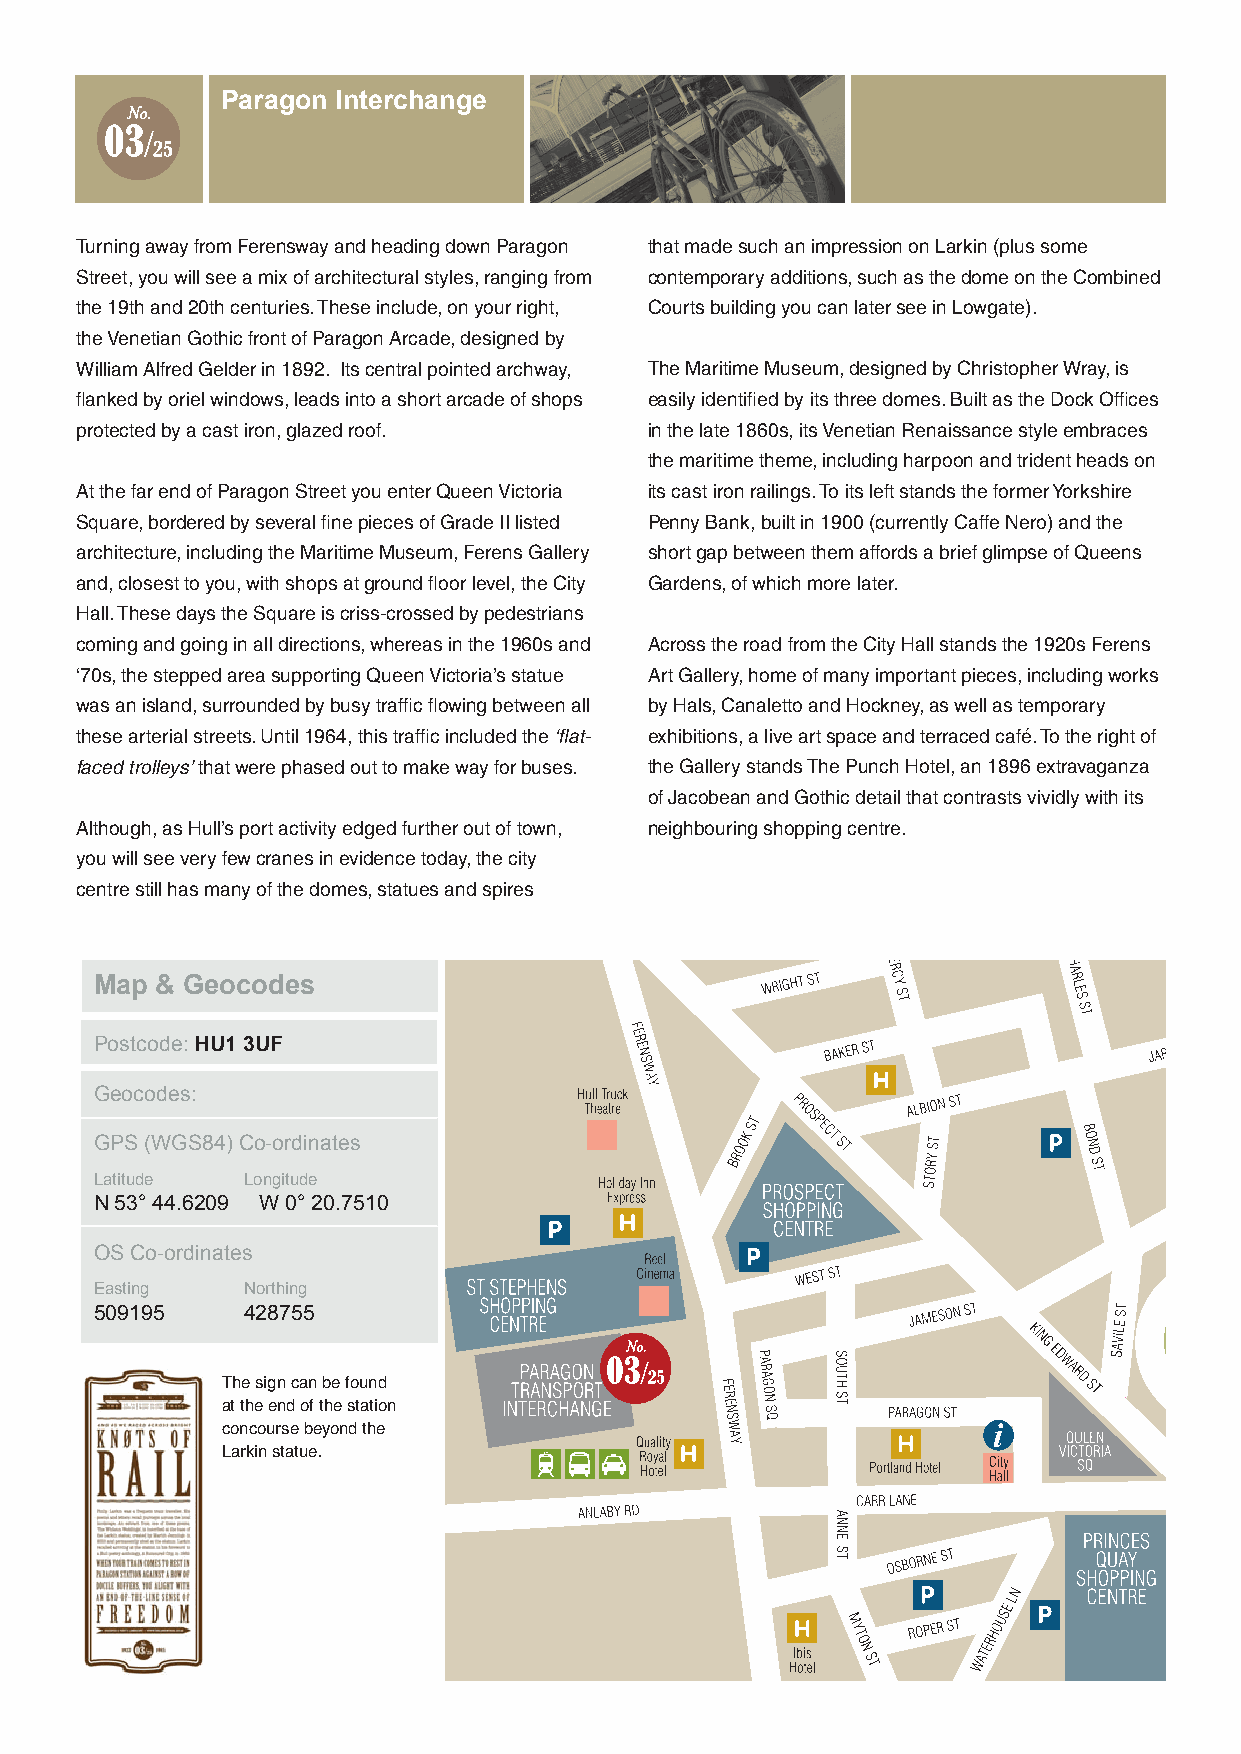
Paragon Interchange
 Turning away from Ferensway and heading down Paragon that made such an impression on Larkin (plus some
 Street, you will see a mix of architectural styles, ranging from contemporary additions, such as the dome on the Combined
 the 19th and 20th centuries. These include, on your right, Courts building you can later see in Lowgate).
 the Venetian Gothic front of Paragon Arcade, designed by
 William Alfred Gelder in 1892. Its central pointed archway, The Maritime Museum, designed by Christopher Wray, is
 flanked by oriel windows, leads into a short arcade of shops easily identified by its three domes. Built as the Dock Offices
 protected by a cast iron, glazed roof. in the late 1860s, its Venetian Renaissance style embraces
 the maritime theme, including harpoon and trident heads on
 At the far end of Paragon Street you enter Queen Victoria its cast iron railings. To its left stands the former Yorkshire
 Square, bordered by several fine pieces of Grade II listed Penny Bank, built in 1900 (currently Caffe Nero) and the
 architecture, including the Maritime Museum, Ferens Gallery short gap between them affords a brief glimpse of Queens
 and, closest to you, with shops at ground floor level, the City Gardens, of which more later.
 Hall. These days the Square is criss-crossed by pedestrians
 coming and going in all directions, whereas in the 1960s and Across the road from the City Hall stands the 1920s Ferens
 ‘70s, the stepped area supporting Queen Victoria’s statue Art Gallery, home of many important pieces, including works
 was an island, surrounded by busy traffic flowing between all by Hals, Canaletto and Hockney, as well as temporary
 these arterial streets. Until 1964, this traffic included the ‘flat- exhibitions, a live art space and terraced café. To the right of
 faced trolleys’ that were phased out to make way for buses. the Gallery stands The Punch Hotel, an 1896 extravaganza
 of Jacobean and Gothic detail that contrasts vividly with its
 Although, as Hull’s port activity edged further out of town, neighbouring shopping centre.
 you will see very few cranes in evidence today, the city
 centre still has many of the domes, statues and spires
 Map & Geocodes
 Postcode: HU1 3UF
 Geocodes:
 GPS (WGS84) Co-ordinates
 Latitude  Longitude
 N 53° 44.6209 W 0° 20.7510
 OS Co-ordinates
 Easting   Northing
 509195    428755
 The sign can be found
 at the end of the station
 concourse beyond the
 Larkin statue.